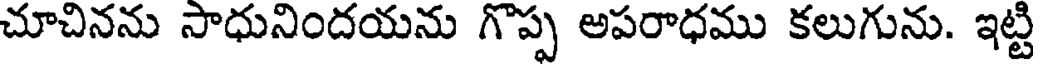
చూచినను సాధునిందయను గొప్ప అపరాధము కలుగును. ఇట్టి